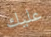
عليك